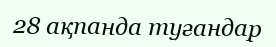
28 ақпанда туғандар